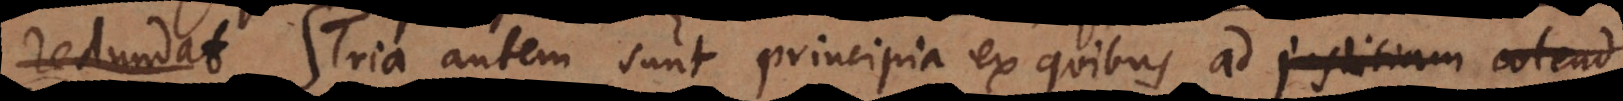
redundat. Tria autem sunt principia ex quibus ad justitiam colend